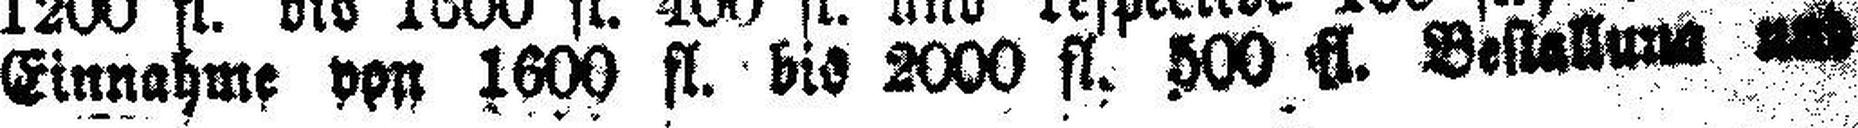
Einnahme von 1600 fl. bis 2000 fl. 500 fl. Bestallung und